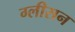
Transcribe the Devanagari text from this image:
ग्‍लीसन